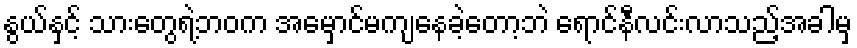
နွယ်နှင့် သားတွေရဲ့ဘဝက အမှောင်မကျနေခဲ့တော့ဘဲ ရောင်နီလင်းလာသည့်အခါမှ